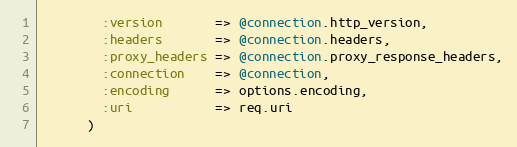
Language: Ruby
        :version       => @connection.http_version,
        :headers       => @connection.headers,
        :proxy_headers => @connection.proxy_response_headers,
        :connection    => @connection,
        :encoding      => options.encoding,
        :uri           => req.uri
      )